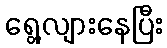
ရွေ့လျားနေပြီး